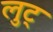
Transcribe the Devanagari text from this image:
लुट्